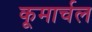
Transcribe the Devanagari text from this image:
कूमार्चल